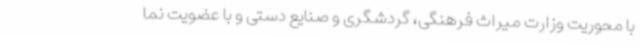
با محوریت وزارت میراث فرهنگی، گردشگری و صنایع دستی و با عضویت نما